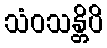
သံဝသန္တိပိ